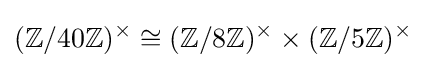
(\mathbb {Z} /40\mathbb {Z} )^{\times }\cong (\mathbb {Z} /8\mathbb {Z} )^{\times }\times (\mathbb {Z} /5\mathbb {Z} )^{\times }